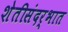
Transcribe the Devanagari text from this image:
शेतीसंदर्भात